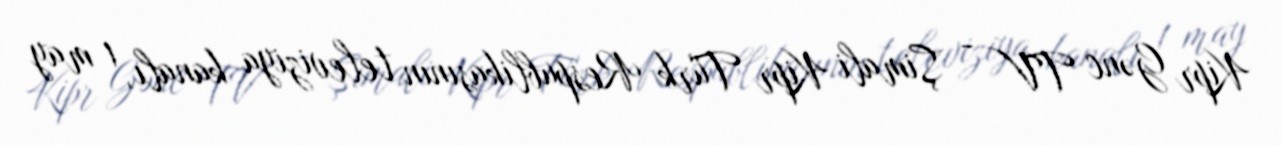
Kipr Gənc TV - Şimali Kipr Türk Respublikasının televiziya kanalı, 1 may